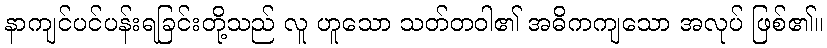
နာကျင်ပင်ပန်းရခြင်းတို့သည် လူ ဟူသော သတ်တဝါ၏ အဓိကကျသော အလုပ် ဖြစ်၏။